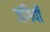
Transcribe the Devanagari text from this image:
जंगियों